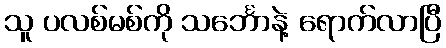
သူ ပလစ်မစ်ကို သင်္ဘောနဲ့ ရောက်လာပြီ